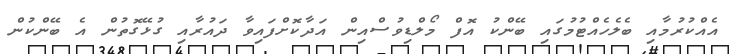
އެއްކުރުމާއި ބެލެހެއްޓުމުގައި ބޭންކު އޮފް މޯލްޑިވުސްއިން އަދާކޮށްފައިވާ ދައުރާއި ގުޅޭގޮތުން އެ ބޭންކުން